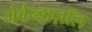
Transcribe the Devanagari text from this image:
मेबेन्डाज़ॉल